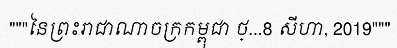
"""នៃព្រះរាជាណាចក្រកម្ពុជា ថ្...8 សីហា, 2019"""